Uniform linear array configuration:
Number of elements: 4
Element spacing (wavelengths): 0.25
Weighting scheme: hamming
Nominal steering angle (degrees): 0
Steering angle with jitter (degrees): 1.794
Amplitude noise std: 0.05
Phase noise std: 0.05

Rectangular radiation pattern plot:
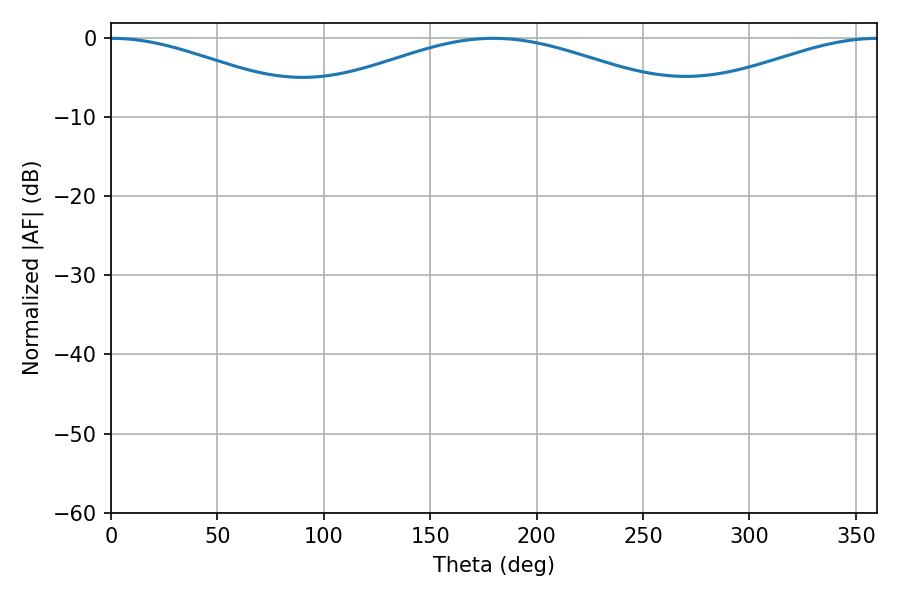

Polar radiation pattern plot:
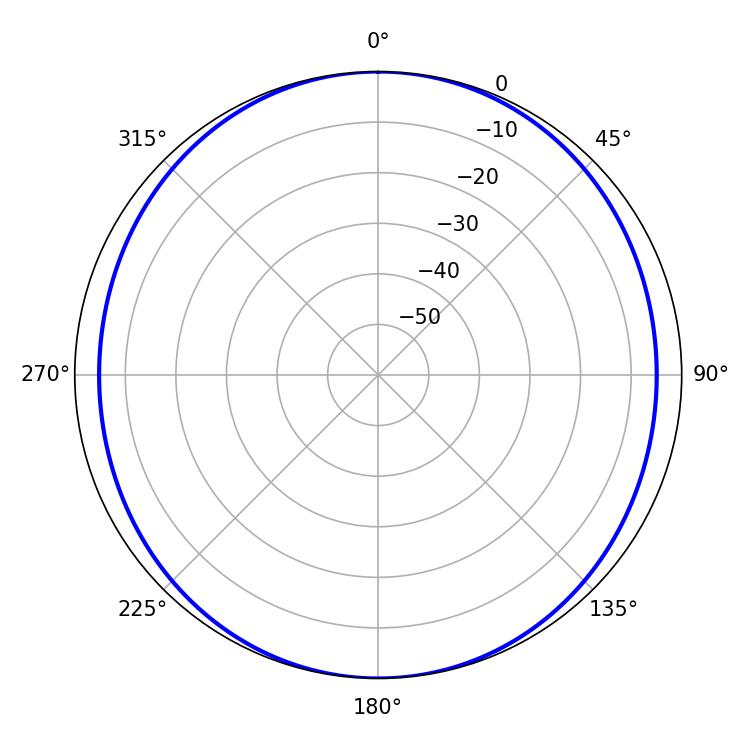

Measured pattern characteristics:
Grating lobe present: FALSE
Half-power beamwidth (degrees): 52.02
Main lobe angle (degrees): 0.36